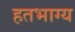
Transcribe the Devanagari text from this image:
हतभाग्य